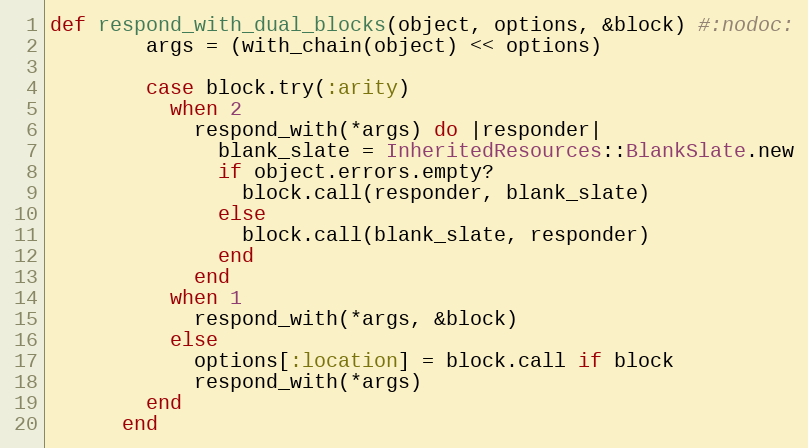
Language: Ruby
def respond_with_dual_blocks(object, options, &block) #:nodoc:
        args = (with_chain(object) << options)

        case block.try(:arity)
          when 2
            respond_with(*args) do |responder|
              blank_slate = InheritedResources::BlankSlate.new
              if object.errors.empty?
                block.call(responder, blank_slate)
              else
                block.call(blank_slate, responder)
              end
            end
          when 1
            respond_with(*args, &block)
          else
            options[:location] = block.call if block
            respond_with(*args)
        end
      end